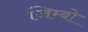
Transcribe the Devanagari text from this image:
जिम्बो